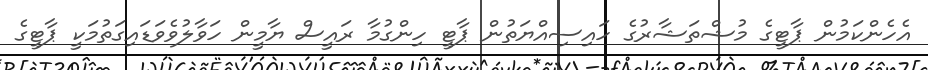
އެހެންކަމުން ޕާޓީގެ މުޝްތަޝާރުގެ ހައިސިއްޔަތުން ޕާޓީ ހިންގުމާ ރައީސް ޔާމީން ހަވާލުވެވަޑައިގަތުމަކީ ޕާޓީގެ